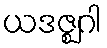
ယဒဇ္ဈဂါ